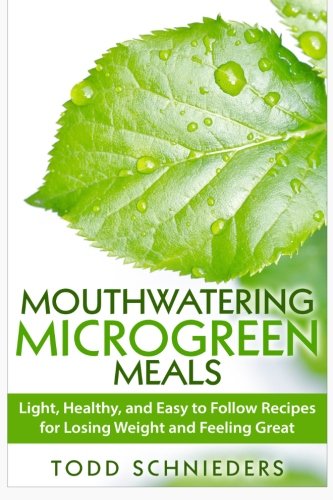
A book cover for Mouthwatering Microgreen Meals: Light, Healthy, and Easy to Follow Recipes for Losing Weight and Feeling Great; Todd Schnieders; Cookbooks, Food & Wine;